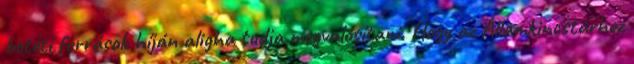
betéti források híján aligha tudja megvalósítani. Hogy az Államkincstárhoz